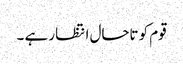
قوم کو تاحال انتظار ہے ۔